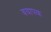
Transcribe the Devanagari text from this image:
वयापक